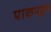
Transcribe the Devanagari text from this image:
पाकपट्टन